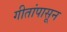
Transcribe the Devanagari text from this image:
गीतांपासून